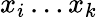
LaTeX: x_{i}\ldots x_{k}